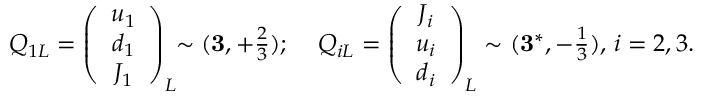
\begin{array} { l l } { { Q _ { 1 L } = \left( \begin{array} { c } { { u _ { 1 } } } \\ { { d _ { 1 } } } \\ { { J _ { 1 } } } \end{array} \right) _ { L } \! \! \sim ( { \bf 3 } , + \frac { 2 } { 3 } ) ; \; } } & { { Q _ { i L } = \left( \begin{array} { c } { { J _ { i } } } \\ { { u _ { i } } } \\ { { d _ { i } } } \end{array} \right) _ { L } \sim ( { \bf 3 } ^ { * } , - \frac { 1 } { 3 } ) , \, i = 2 , 3 . } } \end{array}